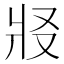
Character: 𰠏